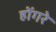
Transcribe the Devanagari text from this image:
होंगरे